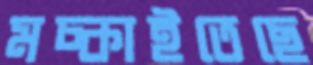
মচ্‌কাইতেছে